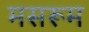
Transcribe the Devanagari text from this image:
मसरूम